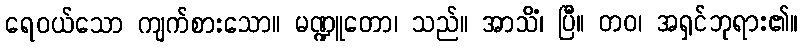
ရေဝယ်သော ကျက်စားသော။ မဏ္ဍူတော၊ သည်။ အာသိံ၊ ပြီ။ တဝ၊ အရှင်ဘုရား၏။